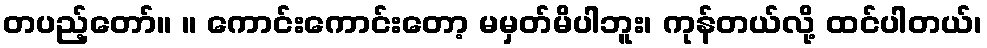
တပည့်တော်။ ။ ကောင်းကောင်းတော့ မမှတ်မိပါဘူး၊ ကုန်တယ်လို့ ထင်ပါတယ်၊